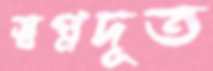
স্বপ্নদূত